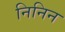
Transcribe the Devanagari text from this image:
निनिन